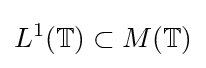
L^{1}(\mathbb {T} )\subset M(\mathbb {T} )